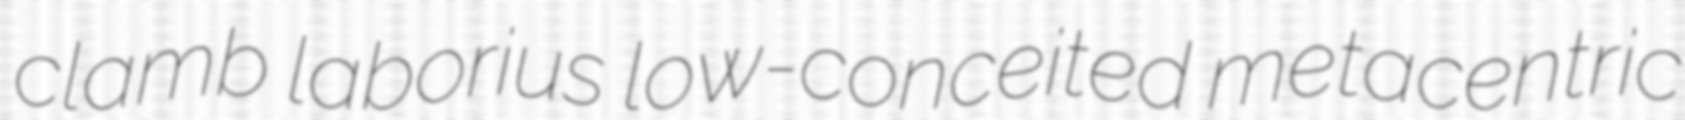
clamb laborius low-conceited metacentric